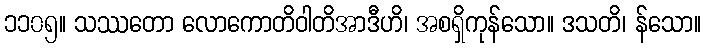
၁၁၀၅။ သဿတော လောကောတိဝါတိအာဒီဟိ၊ အစရှိကုန်သော။ ဒသတိ၊ န်သော။